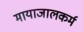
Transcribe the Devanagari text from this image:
मायाजालकर्म